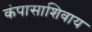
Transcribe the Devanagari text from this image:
कंपासाशिवाय